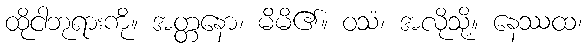
ထိုငါဘုရားကို။ အတ္တနော၊ မိမိ၏။ ဝသံ၊ အလိုသို့။ နေဿထ၊